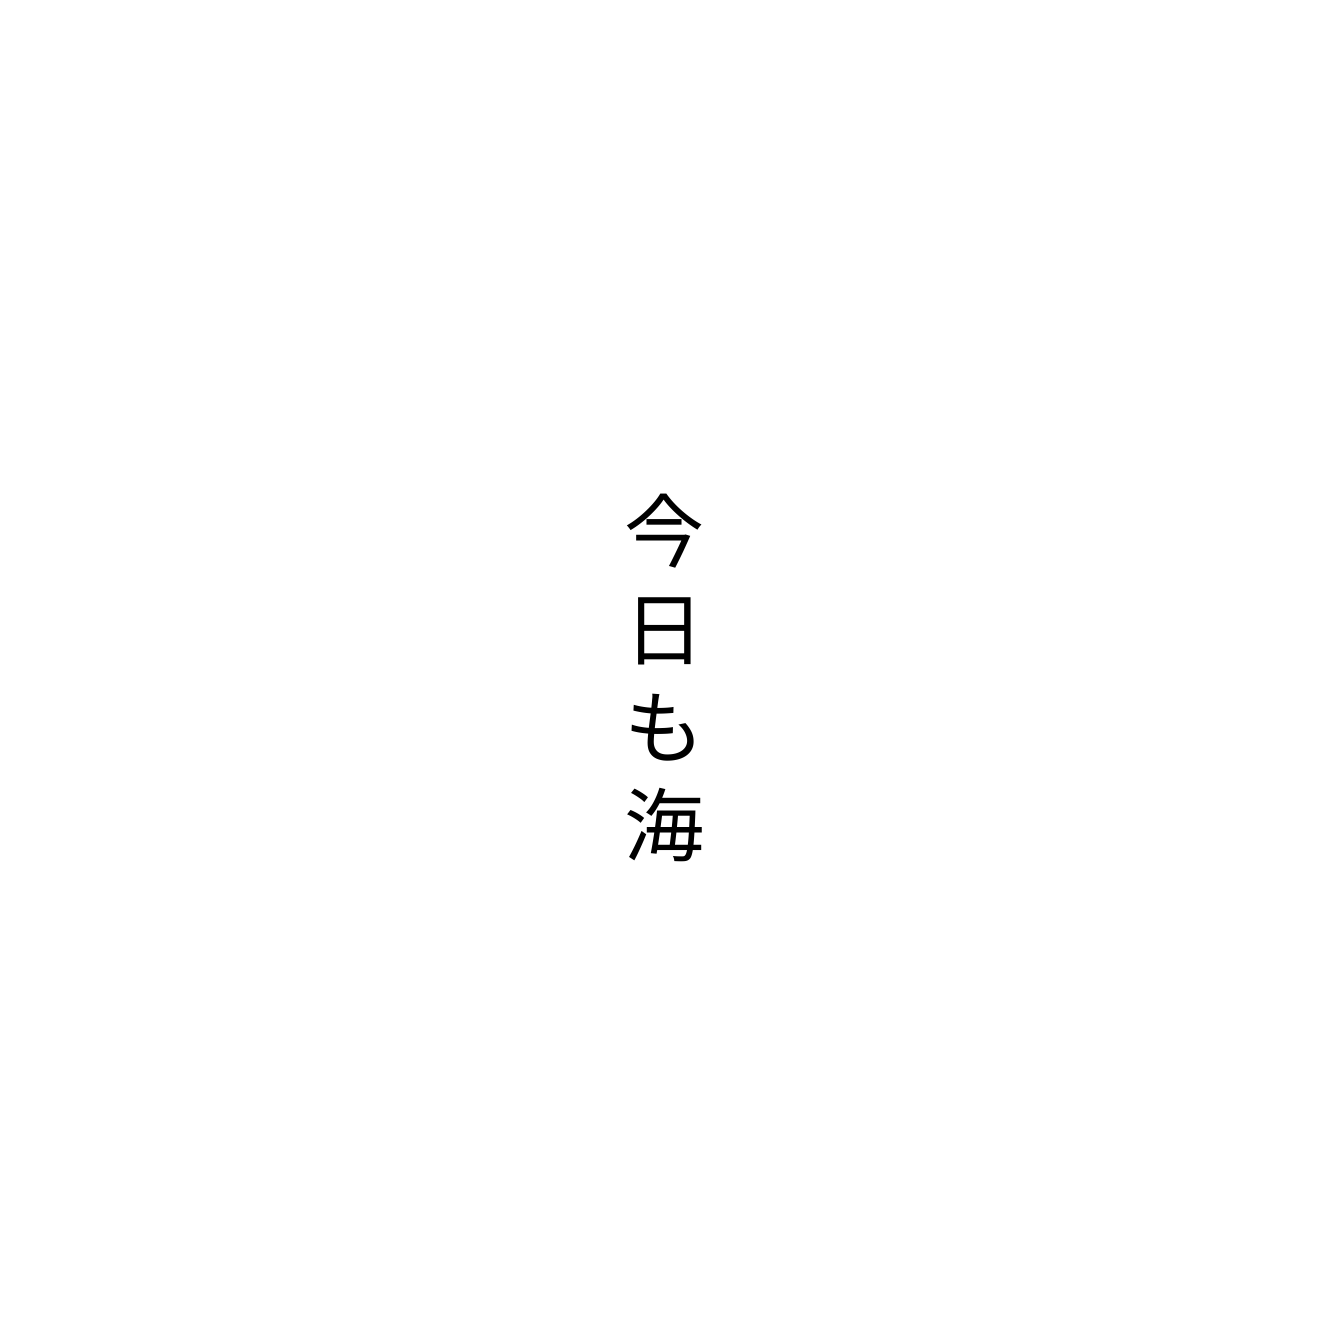
今日も海